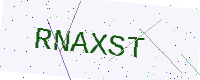
Text: RNAXST